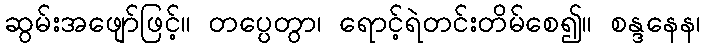
ဆွမ်းအဖျော်ဖြင့်။ တပ္ပေတွာ၊ ရောင့်ရဲတင်းတိမ်စေ၍။ စန္ဒနေန၊